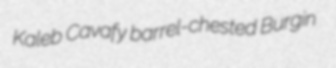
Kaleb Cavafy barrel-chested Burgin